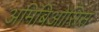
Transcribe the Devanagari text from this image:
अमिबिओसिस